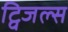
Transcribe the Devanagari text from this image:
ट्विजल्स